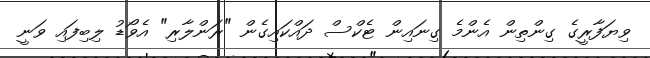
ވިޔަފާރީގެ ގިންތިން އެންމެ ގިނައިން ޓެކްސް ދައްކައިގެން "ރަންލާރި" އެވޯޑު ލިބިފައި ވަނީ